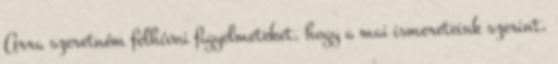
Arra szeretném felhívni figyelmeteket, hogy a mai ismereteink szerint,